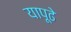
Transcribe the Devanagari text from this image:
यापूढे